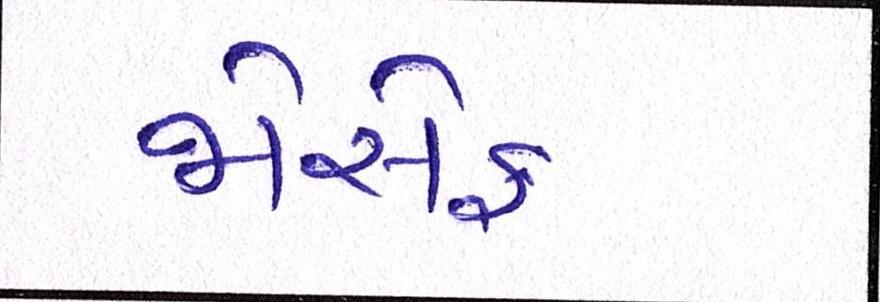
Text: જોસેફ